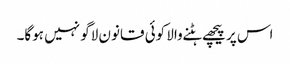
اس پر پیچھے ہٹنے والا کوئی قانون لاگو نہیں ہوگا۔